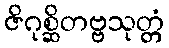
ဇိဂုစ္ဆိတဗ္ဗသုတ္တံ